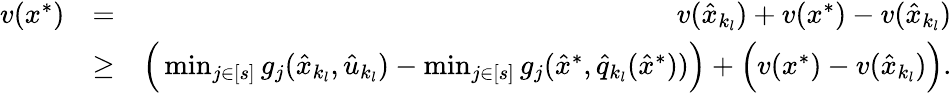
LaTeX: \begin{array}{rlr}{v(x^{*})}&{=}&{v(\hat{x}_{k_{l}})+v(x^{*})-v(\hat{x}_{k_{l}})}\\ &{\ge}&{\Big(\operatorname*{min}_{j\in[s]}g_{j}(\hat{x}_{k_{l}},\hat{u}_{k_{l}})-\operatorname*{min}_{j\in[s]}g_{j}(\hat{x}^{*},\hat{q}_{k_{l}}(\hat{x}^{*}))\Big)+\Big(v(x^{*})-v(\hat{x}_{k_{l}})\Big).}\end{array}